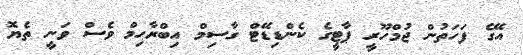
އޭގެ ފަހަތުން ޖުމްހޫރީ ޕާޓީގެ ކެންޑިޑޭޓް ގާސިމް އިބްރާހިމް ވެސް ވަނީ ތެޔޮ